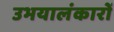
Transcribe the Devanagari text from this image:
उभयालंकारों